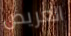
العريض